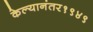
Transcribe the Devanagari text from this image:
केल्यानंतर१९४९